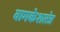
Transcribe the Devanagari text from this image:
वामकेशतंत्र